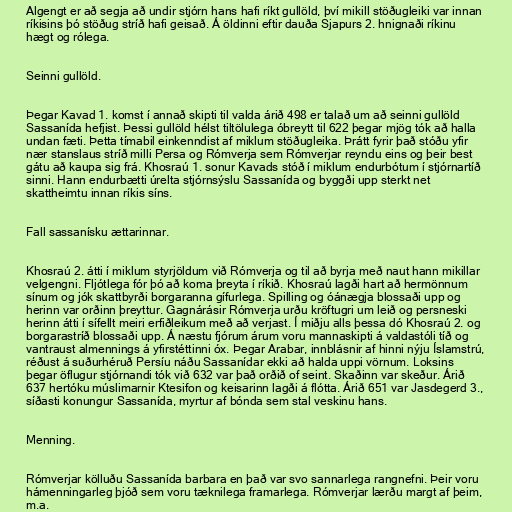
Algengt er að segja að undir stjórn hans hafi ríkt gullöld, því mikill stöðugleiki var innan
ríkisins þó stöðug stríð hafi geisað. Á öldinni eftir dauða Sjapurs 2. hnignaði ríkinu
hægt og rólega.

Seinni gullöld.

Þegar Kavad 1. komst í annað skipti til valda árið 498 er talað um að seinni gullöld
Sassanída hefjist. Þessi gullöld hélst tiltölulega óbreytt til 622 þegar mjög tók að halla
undan fæti. Þetta tímabil einkenndist af miklum stöðugleika. Þrátt fyrir það stóðu yfir
nær stanslaus stríð milli Persa og Rómverja sem Rómverjar reyndu eins og þeir best
gátu að kaupa sig frá. Khosraú 1. sonur Kavads stóð í miklum endurbótum í stjórnartíð
sinni. Hann endurbætti úrelta stjórnsýslu Sassanída og byggði upp sterkt net
skattheimtu innan ríkis síns.

Fall sassanísku ættarinnar.

Khosraú 2. átti í miklum styrjöldum við Rómverja og til að byrja með naut hann mikillar
velgengni. Fljótlega fór þó að koma þreyta í ríkið. Khosraú lagði hart að hermönnum
sínum og jók skattbyrði borgaranna gífurlega. Spilling og óánægja blossaði upp og
herinn var orðinn þreyttur. Gagnárásir Rómverja urðu kröftugri um leið og persneski
herinn átti í sífellt meiri erfiðleikum með að verjast. Í miðju alls þessa dó Khosraú 2. og
borgarastríð blossaði upp. Á næstu fjórum árum voru mannaskipti á valdastóli tíð og
vantraust almennings á yfirstéttinni óx. Þegar Arabar, innblásnir af hinni nýju Íslamstrú,
réðust á suðurhéruð Persíu náðu Sassanídar ekki að halda uppi vörnum. Loksins
þegar öflugur stjórnandi tók við 632 var það orðið of seint. Skaðinn var skeður. Árið
637 hertóku múslimarnir Ktesifon og keisarinn lagði á flótta. Árið 651 var Jasdegerd 3.,
síðasti konungur Sassanída, myrtur af bónda sem stal veskinu hans.

Menning.

Rómverjar kölluðu Sassanída barbara en það var svo sannarlega rangnefni. Þeir voru
hámenningarleg þjóð sem voru tæknilega framarlega. Rómverjar lærðu margt af þeim,
m.a.